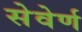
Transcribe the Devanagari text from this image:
सेवेर्ण